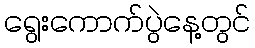
ရွေးကောက်ပွဲနေ့တွင်